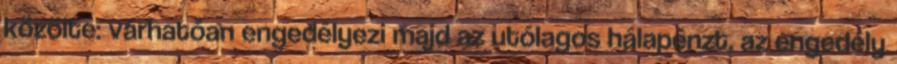
közölte: várhatóan engedélyezi majd az utólagos hálapénzt, az engedély